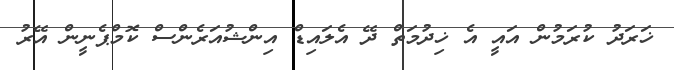
ޚަރަދު ކުރަމުން އައީ އެ ޚިދުމަތް ދޭ އެލައިޑް އިންޝުއަރެންސް ކޮމްޕެނީން އޭރު